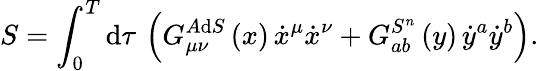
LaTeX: S=\int_{0}^{T}\mathrm{d}\tau\, \left(G_{\mu\nu}^{A\mathrm{d}S}\left(x\right)\, \dot{{x}}^{\mu}\dot{{x}}^{\nu}+G_{ab}^{S^{n}}\left(y\right)\, \dot{{y}}^{a}\dot{{y}}^{b}\right).